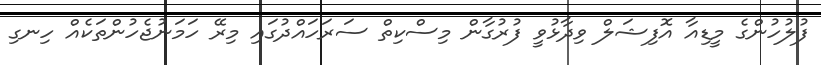
ފުލުހުންގެ މީޑިއާ އޮފިޝަލް ވިދާޅުވީ ފުރުގާން މިސްކިތް ސަރަހައްދުގައި މިރޭ ހަމަނުޖެހުންތަކެއް ހިނގި